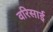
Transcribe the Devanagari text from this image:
वरिसाई